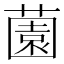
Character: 薗